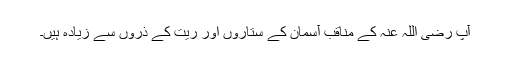
آپ رضی اللہ عنہٗ کے مناقب آسمان کے ستاروں اور ریت کے ذروں سے زیادہ ہیں۔